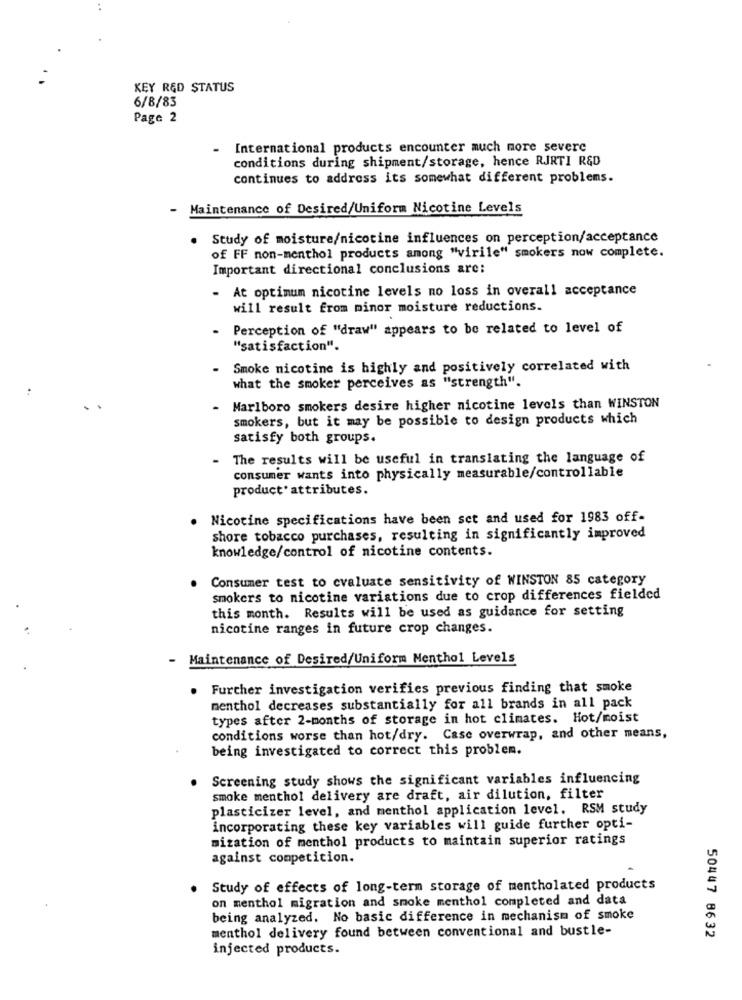
KEY RED STATUS
6/8/83
Page 2
.
International products encounter much more severe
conditions during shipment/storage, hence RJRTI R&D
continues to address its somewhat different problems.
- Maintenance of Desired/Uniform Nicotine Levels
.
Study of moisture/nicotine influences on perception/acceptance
of FF non-menthol products among "virile" smokers now complete.
Important directional conclusions are:
- At optimum nicotine levels no loss in overall acceptance
will result from minor moisture reductions.
Perception of "draw" appears to be related to level of
"satisfaction".
Smoke nicotine is highly and positively correlated with
what the smoker perceives as "strength".
- Marlboro smokers desire higher nicotine levels than WINSTON
smokers, but it may be possible to design products which
satisfy both groups.
- The results will be useful in translating the language of
consumer wants into physically measurable/controllable
product* attributes.
Nicotine specifications have been set and used for 1983 off-
shore tobacco purchases, resulting in significantly improved
knowledge/control of nicotine contents.
Consumer test to evaluate sensitivity of WINSTON 85 category
smokers to nicotine variations due to crop differences fielded
this month. Results will be used as guidance for setting
nicotine ranges in future crop changes.
Maintenance of Desired/Uniform Menthol Levels
. Further investigation verifies previous finding that smoke
menthol decreases substantially for all brands in all pack
types after 2-months of storage in hot climates. Hot/moist
conditions worse than hot/dry. Case overwrap, and other means,
being investigated to correct this problem.
Screening study shows the significant variables influencing
smoke menthol delivery are draft, air dilution, filter
plasticizer level, and menthol application level, RSM study
incorporating these key variables will guide further opti-
mization of menthol products to maintain superior ratings
against competition.
. Study of effects of long-term storage of mentholated products
on menthol migration and smoke menthol completed and data
being analyzed. No basic difference in mechanism of smoke
menthol delivery found between conventional and bustle-
50447 8632
injected products.